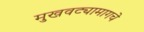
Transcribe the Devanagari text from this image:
मुखवट्यामागचे